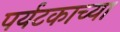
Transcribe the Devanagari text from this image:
पर्यटकाच्या